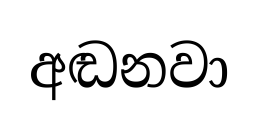
අඬනවා